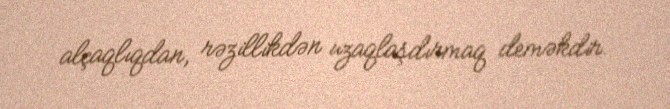
alçaqlıqdan, rəzillikdən uzaqlaşdırmaq deməkdir.